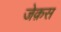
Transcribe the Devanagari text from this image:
जेक़स